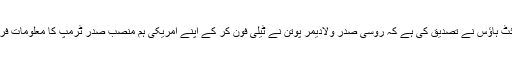
روس کے صدارتی دفتر اور وائٹ ہاؤس نے تصدیق کی ہے کہ روسی صدر ولادیمر پوتن نے ٹیلی فون کر کے اپنے امریکی ہم منصب صدر ٹرمپ کا معلومات فراہم کرنے پر شکریہ ادا کیا ہے۔